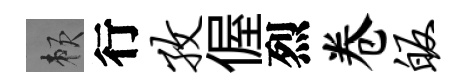
賴行孜偓烈卷皈